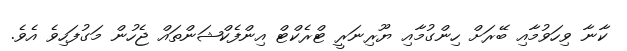
ކާނާ ވިހަވުމާއި ބޭރަށް ހިންގުމާއި ޔޫރިނަރީ ޓްރެކްޓް އިންފެކްޝަންތައް ޖެހުން މަގުފަހިވެ އެވެ.